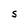
Character: S